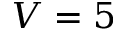
V = 5